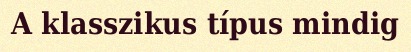
A klasszikus típus mindig